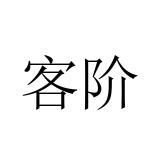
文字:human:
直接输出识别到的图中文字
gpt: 客阶